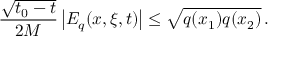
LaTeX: \frac { \sqrt { t _ { 0 } - t } } { 2 M } \left| E _ { q } ( x , \xi , t ) \right| \leq \sqrt { q ( x _ { 1 } ) q ( x _ { 2 } ) } \, .